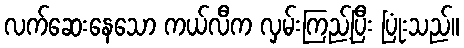
လက်ဆေးနေသော ကယ်လီက လှမ်းကြည့်ပြီး ပြုံးသည်။